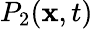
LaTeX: P_{2}(\mathbf{x},t)